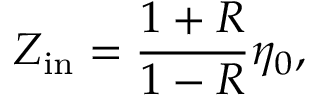
Z _ { \mathrm { i n } } = \frac { 1 + R } { 1 - R } \eta _ { 0 } ,